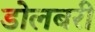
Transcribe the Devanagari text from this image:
डोलबरी